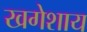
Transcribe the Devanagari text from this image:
खगेशाय